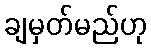
ချမှတ်မည်ဟု